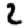
Digit: 2